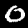
Digit: 0